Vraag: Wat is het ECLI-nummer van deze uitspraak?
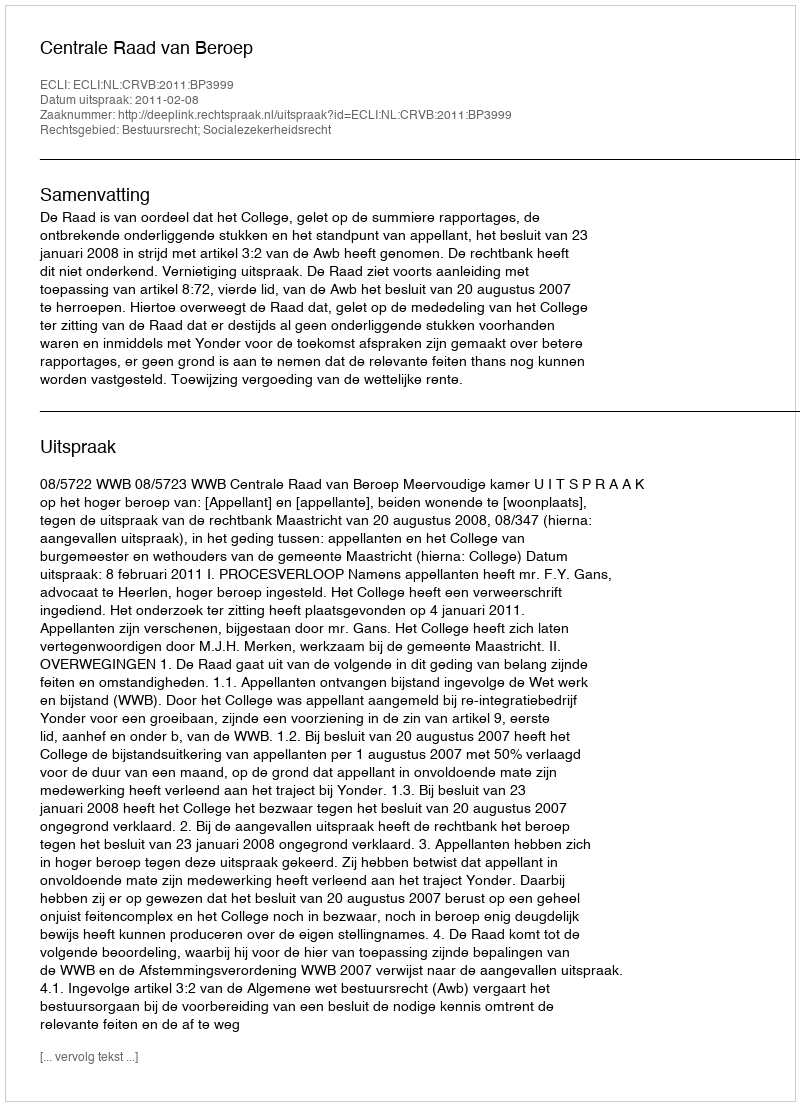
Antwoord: ECLI:NL:CRVB:2011:BP3999